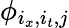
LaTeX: \phi_{i_{x},i_{t},j}